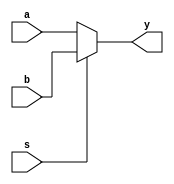
module mux_2_1(
  input a,
  input b,
  input s,
  output y
);
  assign y=s?b:a;
endmodule